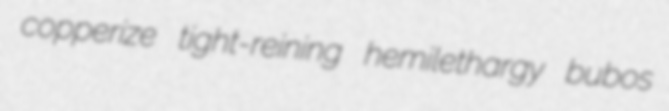
copperize tight-reining hemilethargy bubos